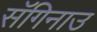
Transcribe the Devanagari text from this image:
सॅगिनाउ